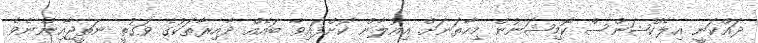
ދައްކަނީ އިލެކްޝަންސް ކޮމިޝަނުން މިހާތަނަށް އިއުލާން ކޮށްފައިވާ ބައެއް ދާއިރާތަކުގެ ވަގުތީ ނަތީޖާއިންނެވެ.